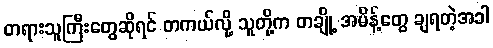
တရားသူကြီးတွေဆိုရင် တကယ်လို့ သူတို့က တချို့ အမိန့်တွေ ချရတဲ့အခါ